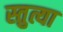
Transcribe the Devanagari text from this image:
स्तुत्या